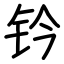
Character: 钤